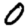
Digit: 0